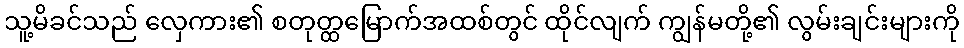
သူ့မိခင်သည် လှေကား၏ စတုတ္ထမြောက်အထစ်တွင် ထိုင်လျက် ကျွန်မတို့၏ လွမ်းချင်းများကို